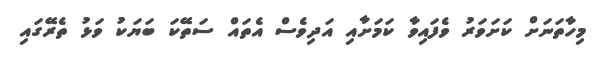
މިހާތަނަށް ކަށަވަރު ވެފައިވާ ކަމަށާއި އަދިވެސް އެތައް ސަތޭކަ ބަޔަކު ވަޅު ތެރޭގައި